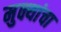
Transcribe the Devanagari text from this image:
मुक्यांचा